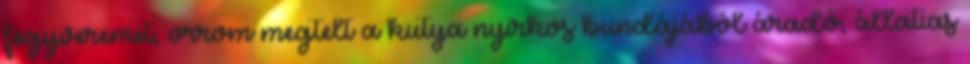
fegyveremet, orrom megtelt a kutya nyirkos bundájából áradó, állatias